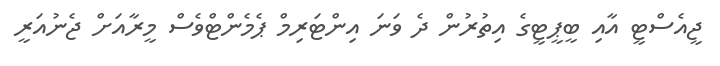
ޖީއެސްޓީ އާއި ބީޕީޓީގެ އިތުރުން ދެ ވަނަ އިންޓަރިމް ޕެމެންޓްވެސް މީރާއަށް ޖެނުއަރީ